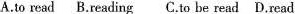
A.to read B.Reading C.To be read D.Read